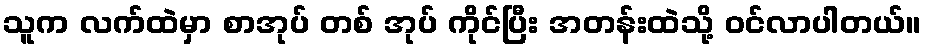
သူက လက်ထဲမှာ စာအုပ် တစ် အုပ် ကိုင်ပြီး အတန်းထဲသို့ ဝင်လာပါတယ်။